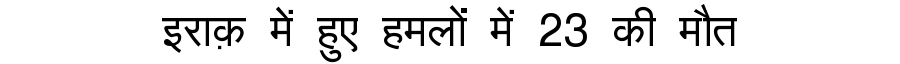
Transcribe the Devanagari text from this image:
इराक़ में हुए हमलों में 23 की मौत